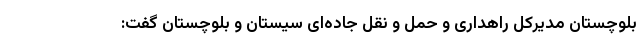
بلوچستان مدیرکل راهداری و حمل و نقل جاده‌ای سیستان و بلوچستان گفت: